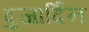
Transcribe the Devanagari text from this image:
दुजार्दिन